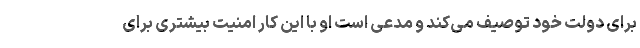
برای دولت خود توصیف می‌کند و مدعی است او با این کار امنیت بیشتری برای